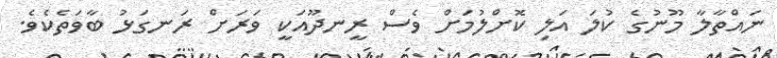
ނައްތާލާ މޫނުގެ ކުލަ އަލި ކޮށްލުމަށް ވެސް ރީނދޫއަކީ ވަރަށް ރަނގަޅު ބާވަތެކެވެ.